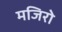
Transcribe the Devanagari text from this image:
मजिरो